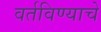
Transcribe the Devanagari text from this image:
वर्तविण्याचे